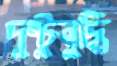
দুষ্টুবুদ্ধি